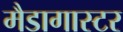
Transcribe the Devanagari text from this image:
मैडागास्टर